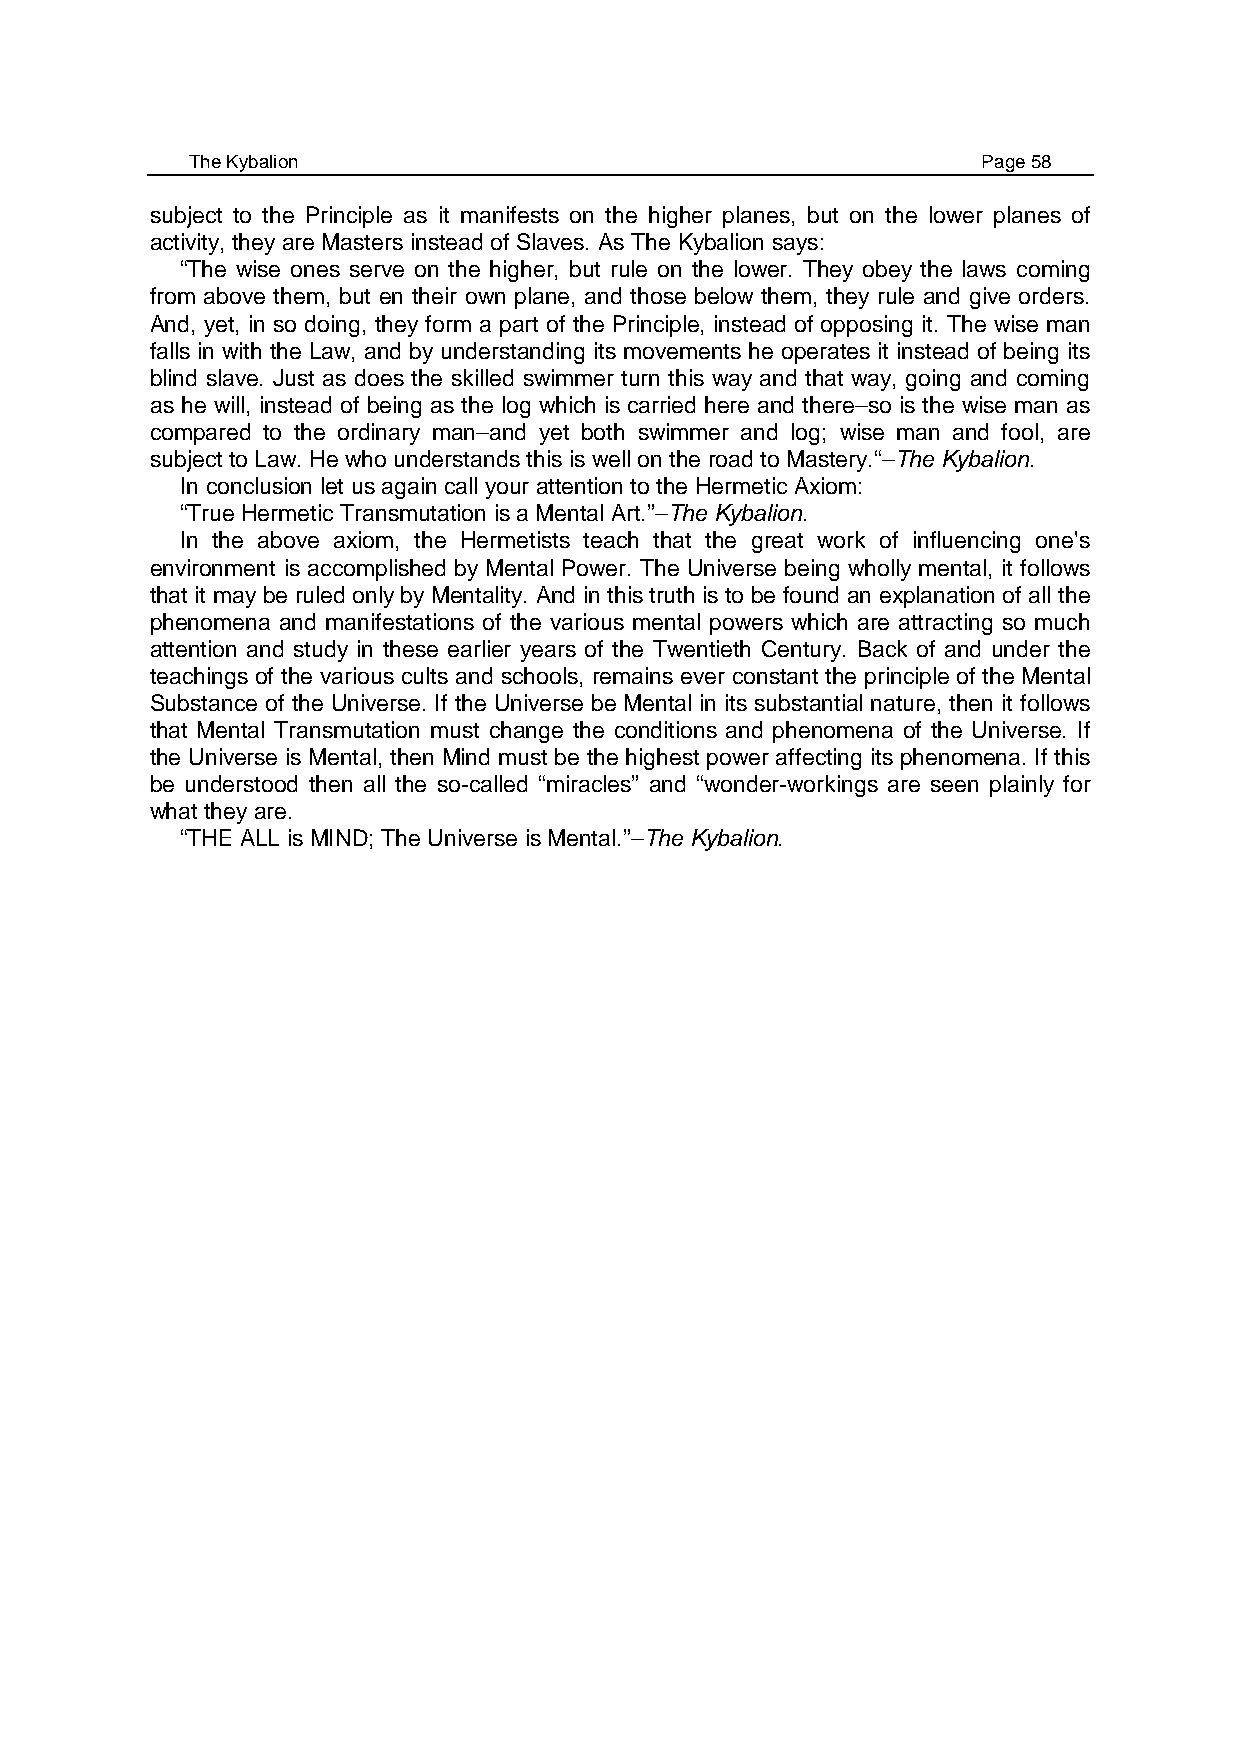
The Kybalion                                        Page 58
 subject to the Principle as it manifests on the higher planes, but on the lower planes of
 activity, they are Masters instead of Slaves. As The Kybalion says:
 “The wise ones serve on the higher, but rule on the lower. They obey the laws coming
 from above them, but en their own plane, and those below them, they rule and give orders.
 And, yet, in so doing, they form a part of the Principle, instead of opposing it. The wise man
 falls in with the Law, and by understanding its movements he operates it instead of being its
 blind slave. Just as does the skilled swimmer turn this way and that way, going and coming
 as he will, instead of being as the log which is carried here and there–so is the wise man as
 compared to the ordinary man–and yet both swimmer and log; wise man and fool, are
 subject to Law. He who understands this is well on the road to Mastery.“–The Kybalion.
 In conclusion let us again call your attention to the Hermetic Axiom:
 “True Hermetic Transmutation is a Mental Art.”–The Kybalion.
 In the above axiom, the Hermetists teach that the great work of influencing one's
 environment is accomplished by Mental Power. The Universe being wholly mental, it follows
 that it may be ruled only by Mentality. And in this truth is to be found an explanation of all the
 phenomena and manifestations of the various mental powers which are attracting so much
 attention and study in these earlier years of the Twentieth Century. Back of and under the
 teachings of the various cults and schools, remains ever constant the principle of the Mental
 Substance of the Universe. If the Universe be Mental in its substantial nature, then it follows
 that Mental Transmutation must change the conditions and phenomena of the Universe. If
 the Universe is Mental, then Mind must be the highest power affecting its phenomena. If this
 be understood then all the so-called “miracles” and “wonder-workings are seen plainly for
 what they are.
 “THE ALL is MIND; The Universe is Mental.”–The Kybalion.